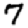
Digit: 7